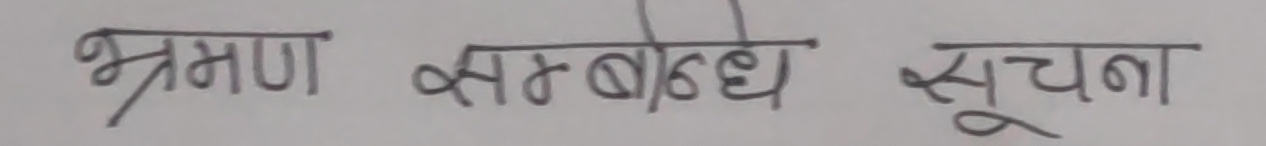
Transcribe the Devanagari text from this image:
भ्रमण सम्बन्ध सूचना